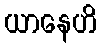
ယာနေဟိ